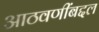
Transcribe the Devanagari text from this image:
आठवणींबद्दल